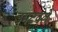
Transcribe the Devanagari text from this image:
उमटवले